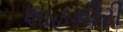
શાહમીરી